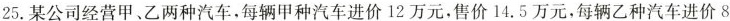
25.某公司经营甲、乙两种汽车，每辆甲种汽车进价12万元，售价14.5万元，每辆乙种汽车进价8